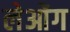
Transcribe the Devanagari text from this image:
लेओंग